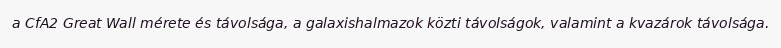
a CfA2 Great Wall mérete és távolsága, a galaxishalmazok közti távolságok, valamint a kvazárok távolsága.